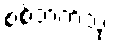
စစ်ဘက်သုံး